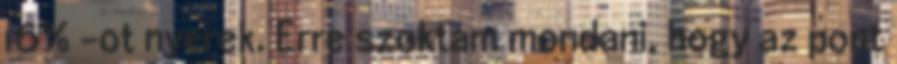
16% -ot nyerek. Erre szoktam mondani, hogy az pont